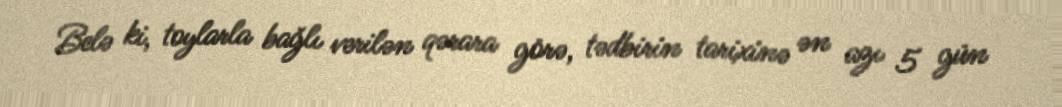
Belə ki, toylarla bağlı verilən qərara görə, tədbirin tarixinə ən azı 5 gün